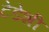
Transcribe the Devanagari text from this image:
टेडेशी